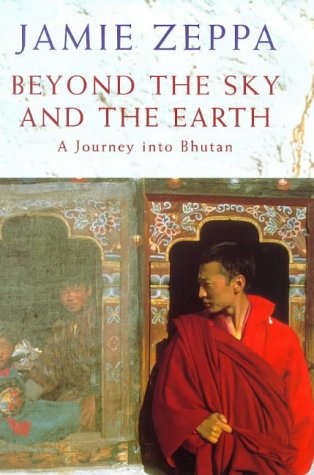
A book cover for Beyond the Sky and the Earth: A Journey into Bhutan; JAMIE ZEPPZ; Travel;